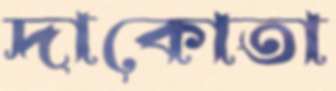
দাকোতা